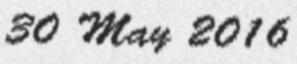
30 May 2016